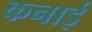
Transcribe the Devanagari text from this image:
कनाई